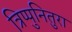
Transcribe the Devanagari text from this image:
त्रिप्पुनितुरा